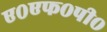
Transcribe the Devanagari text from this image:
ए०एफ०पी०